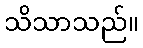
သိသာသည်။